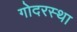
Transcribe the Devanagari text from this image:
गोदरस्था